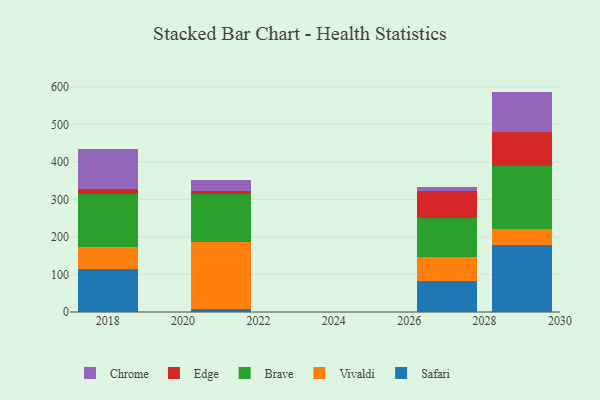
{"axis": {"x": "Year", "y": "Conversion Rate (%)"}, "legend": ["Brave", "Chrome", "Edge", "Safari", "Vivaldi"], "data": [{"x": "2027", "y": 81.6, "type": "Safari"}, {"x": "2027", "y": 64.4, "type": "Vivaldi"}, {"x": "2027", "y": 103.3, "type": "Brave"}, {"x": "2027", "y": 71.9, "type": "Edge"}, {"x": "2027", "y": 11.1, "type": "Chrome"}, {"x": "2029", "y": 177.6, "type": "Safari"}, {"x": "2029", "y": 44.8, "type": "Vivaldi"}, {"x": "2029", "y": 165.6, "type": "Brave"}, {"x": "2029", "y": 91.4, "type": "Edge"}, {"x": "2029", "y": 107.7, "type": "Chrome"}, {"x": "2021", "y": 7.6, "type": "Safari"}, {"x": "2021", "y": 177.8, "type": "Vivaldi"}, {"x": "2021", "y": 129.9, "type": "Brave"}, {"x": "2021", "y": 6.3, "type": "Edge"}, {"x": "2021", "y": 29.8, "type": "Chrome"}, {"x": "2018", "y": 113.3, "type": "Safari"}, {"x": "2018", "y": 60.1, "type": "Vivaldi"}, {"x": "2018", "y": 140.7, "type": "Brave"}, {"x": "2018", "y": 12.6, "type": "Edge"}, {"x": "2018", "y": 106.7, "type": "Chrome"}]}